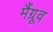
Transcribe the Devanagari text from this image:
मैंग्रूव